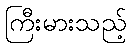
ကြီးမားသည့်